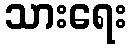
သားရေး